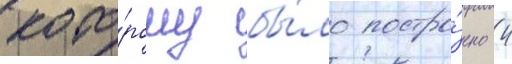
кото́рому бы́ло постро́ено 4